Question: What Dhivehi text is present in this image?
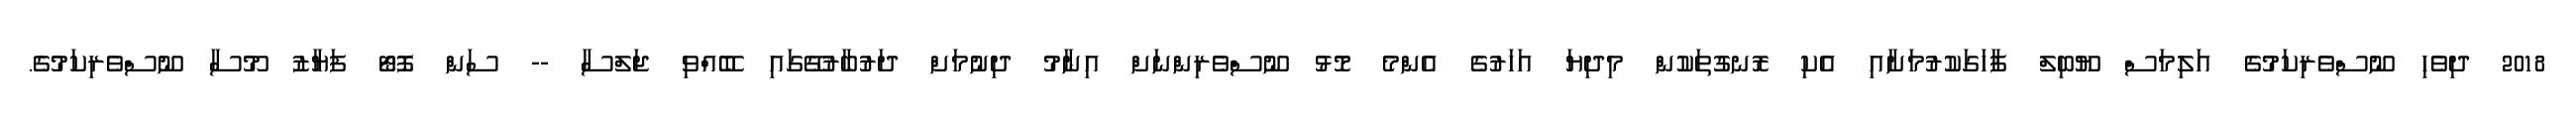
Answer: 2018 ދިވެހި ނޫސްވެރިކަމުގެ އަލިމަސް ޔޫބިލް ފާހަގަކުރުމަށާއި އެކި ރޮނގުތަކުން މިދިޔަ އަހަރުގެ އެންމެ މޮޅު ނޫސްވެރިންނަށް އިނާމު ދިނުމަށް ދަރުބާރުގޭގައި ބޭއްވި ޖަލްސާ -- ސަން ފޮޓޯ ފަޔާޒު މޫސާ ނޫސްވެރިކަމުގެ.